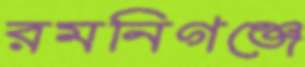
রমনিগঞ্জে